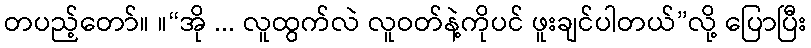
တပည့်တော်။ ။“အို ... လူထွက်လဲ လူဝတ်နဲ့ကိုပင် ဖူးချင်ပါတယ်”လို့ ပြောပြီး